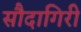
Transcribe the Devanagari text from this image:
सौदागिरी